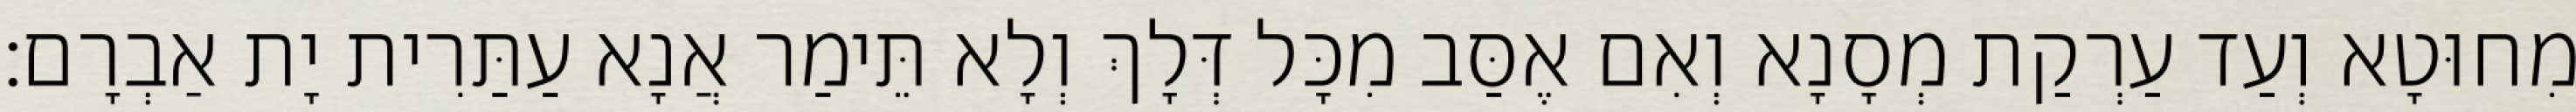
מִחוּטָא וְעַד עַרְקַת מְסָנָא וְאִם אֶסַּב מִכָּל דְּלָךְ וְלָא תֵּימַר אֲנָא עַתַּרִית יָת אַבְרָם׃